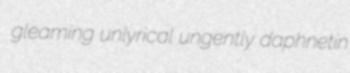
gleaming unlyrical ungently daphnetin